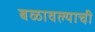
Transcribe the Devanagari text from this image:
बळावल्याची